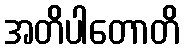
အတိပါတောတိ